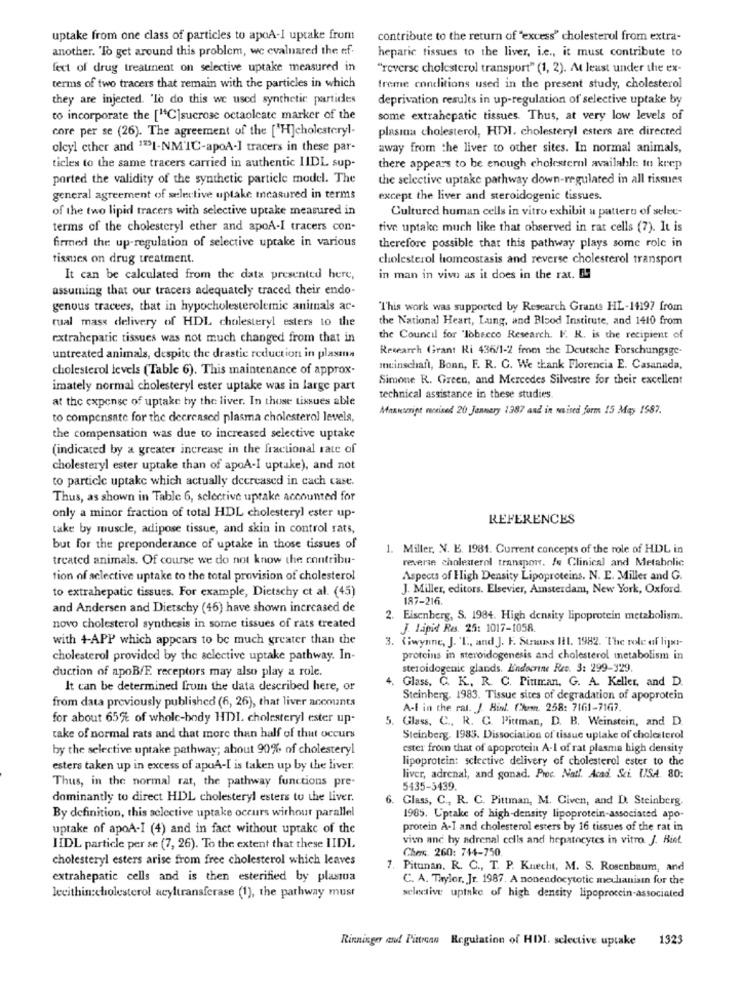
uptake from one class of particles to apoA-I uptake from
contribute to the return of "excess" cholesterol from extra-
another. "To get around this problem, we evaluared the ef.
heparic tissues to the liver, i.e ., it must contribute to
fect of drug treatment on selective uptake measured in
"reverse cholesterol transport" (1, 2). At least under the ex-
terms of two tracers that remain with the particles in which
freme conditions used in the present study, cholesterol
they are injected. "lo do this we used synthetic partides
deprivation results in up-regulation of selective uptake by
to incorporate the ["C]sucrose octaoleate marker of the
some extrahepatic tissues. Thus, at very low levels of
core per se (26). The agreement of the ["H]cholesteryl-
plasina cholesterol, HDI. cholesteryl esters are directed
olcyl ether and 1931-NM'IC-apoA-] tracers in these par-
away from the liver to other sites. In normal animals,
ticles to the same tracers carried in authentic LIDL sup
there appears to be enough cholesterol available to keep
ported the validity of the synthetic particle model. The
the selective uptake pathway down-regulated in all tissues
general agreement of selective uptake measured in terms
except the liver and steroidogenic tissues.
of the two lipid tracers with selective uptake measured in
Cultured human cells in vitro exhibit a pattern of selec-
terms of the cholesteryl ether and apoA-I tracers con-
five uptake much like that observed in rat cells (7). It is
firmed the up-regulation of selective uptake in various
therefore possible that this pathway plays some role in
tissues on drug treatment.
cholesterol homeostasis and reverse cholesterol transport
It can be calculated from the data presented here,
in man in vivo as it does in the rat. no
assuming that our tracers adequately traced their endo-
genous tracees, that in hypocholesterolemic animals ar-
"This work was supported by Research Grants HL-14197 from
rual mass delivery of HDL cholesteryl esters to the
the National Heart, Lung, and Blood Institute, and 1410 from
extrahepatic tissues was not much changed from that in
the Council for "lobecco Research. F. R. is the recipient of
Research Grant Ri 436/1-2 from the Deutsche Forschungsge-
untreated animals, despite the drastic reduction in plasma
cholesterol levels (Table 6). This maintenance of approx-
meinschaft, Bonn, F. R. C. We thank Florencia E. Casanada,
Simone R. Green, and Mercedes Silvestre for their excellent
imately normal cholesteryl ester uptake was in large part
at the expense of uptake by the liver. In those tissues able
technical assistance in these studies.
Manuscript revised 20 January 1387 and in muised form 15 May 1587.
to compensate for the decreased plasma cholesterol levels,
the compensation was due to increased selective uptake
(indicated by a greater increase in the fractional rate of
cholesteryl ester uptake than of apoA-I uptake), and not
to particle uptake which actually decreased in cach case.
Thus, as shown in Table 6, selective uptake accounted for
only a minor fraction of total HDL cholesteryl ester up-
REFERENCES
take by muscle, adipose tissue, and skin in control rats,
but for the preponderance of uptake in those tissues of
1. Miller, N. E. 1981. Current concepts of the role of HDL in
treated animals. Of course we do not know the contribu-
reverse cholesterol transport. Je Clinical and Metabolic
tion of aclective uptake to the total provision of cholesterol
Aspects of High Density Lipoproteins. N. E. Miller and G.
to extrahepatic tissues. For example, Dietschy ct al. (45)
J. Miller, editors. Elsevier, Amsterdam, New York, Oxford.
187-216.
and Andersen and Dietschy (46) have shown increased de
2. Eisenberg, S. 1984. High density lipoprotein metabolism.
novo cholesterol synthesis in some tissues of rats treated
J. Lapid Res. 25: 1017-1058.
with 4-APP which appears to be much greater than the
3. (iwynne, J. T ., and J. F. Strans Iil. 1982. The role of lijas-
cholesterol provided by the selective uptake pathway. In-
proteins in steroidogenesis and cholesterol metabolism in
duction of apoBfE receptors may also play a role.
steroidogenic glands. Lindoerne Ret. 3: 299-329.
It can be determined from the data described here, or
Glass, C. K. R. C. Pitman, G. A. Keller, and D.
from data previously published (6, 26), that liver accounts
Steinberg. 1983. Tissue sites of degradation of apoprotein
A-l in the rat. J. Bist. Com. 258: 7161-7167.
for about 65%% of whole-body HDI. cholesteryl ester up-
5. Glass, C ., R. G. Pittman, D. B. Weinstein, and D.
take of normal rats and that more than half of that occurs
Steinberg. 1983. Dissociation of tissue uptake of cholesterol
by the selective uptake pathway; about 90% of cholesteryl
ester from that of apoprotein A-I of rat plasma high density
lipoprotein: selective delivery of cholesterol ester to the
esters taken up in excess of apoA-I is taken up by the liver.
Thus, in the normal rat, the pathway functions pre-
liver, adrenal, and gonad. Proc. Natl. Acad. Sci. USA. 80:
5435-5439.
dominantly to direct HDL cholesteryl esters to the liver.
6.
Glass, C ., R. C. Pittman, M. Given, and D. Steinberg.
By definition, this selective uptake occurs withour parallel
1985. Uptake of high-density lipoprotein-associated apo-
uptake of apoA-I (4) and in fact without uptake of the
protein A-I and cholesterol esters by 16 tissues of the rat in
vivo anc hy adrenal cells and hepatocytes in vitro. J. Riet
HDL particle per se (7, 26). To the extent that these IIDL
Chers 260: 744-750
cholesteryl esters arise from free cholesterol which leaves
7. Pitunan. R. C ., T. P. Knecht, M. S. Rosenbaum, and
extrahepatic cells and is then esterified by plasma
C. A. Taylor, Jr. 1987. A nonendocytotic mechanisin for the
lecithin:cholesterol acyltransferase (1), the pathway must
selective uptake of high density lipoproccin-associated
Rinninger and Pittroan Regulation of HDI. selective uptake 1323